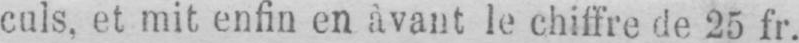
culs, et mit enfin en àvant le chiffre de 25 fr.